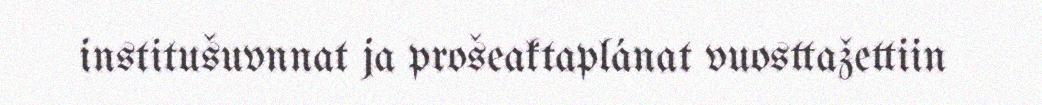
institušuvnnat ja prošeaktaplánat vuosttažettiin